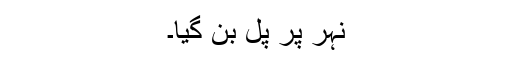
نہر پر پل بن گیا۔